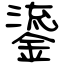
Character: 鎏